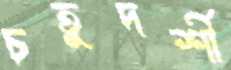
চতুদর্শী